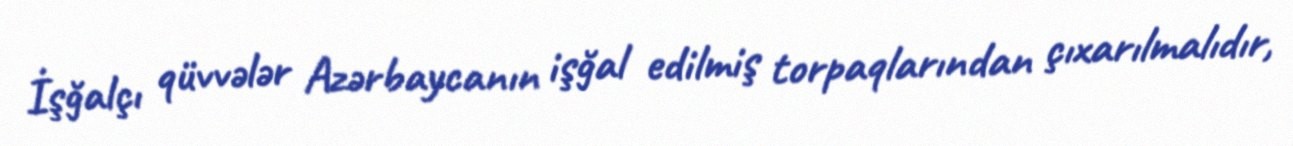
İşğalçı qüvvələr Azərbaycanın işğal edilmiş torpaqlarından çıxarılmalıdır,